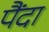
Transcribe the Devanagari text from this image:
पैंदा